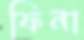
ফিনা